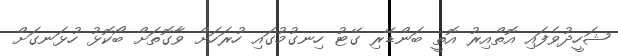
ޝަހީދުވެފައި އޮތްއިރު އޮތީ ބަންޑޭރި ގޭޓު ހިނގުމުގައި ހުރަހަށް ވާގޮތަށް ބޯކޮޅު ހުޅަނގަށް